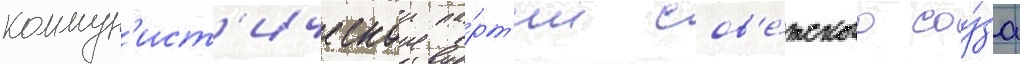
коммун'ист'ическои па́рт'ии сов'е́тского соу́за